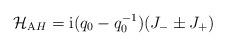
LaTeX: \begin{align*}{\cal H}_{\mathrm AH}={\mathrm i}(q_0-q_0^{-1})(J_{-}\pm J_{+})\end{align*}